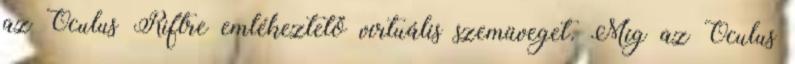
az Oculus Riftre emlékeztető virtuális szemüveget. Míg az Oculus